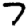
Digit: 7